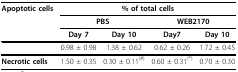
| Apoptotic cells | <COLSPAN=4> % of total cells |
 |  | <COLSPAN=2> PBS | <COLSPAN=2> WEB2170 |
 |  | Day 7 | Day 10 | Day7 | Day 10 |
 | --- | --- | --- | --- | --- |
 |  | 0.98 ± 0.98 | 1.38 ± 0.62 | 0.62 ± 0.26 | 1.72 ± 0.45 |
 | Necrotic cells | 1.50 ± 0.35 | 0.30 ± 0.11(#) | 0.60 ± 0.31(*) | 0.70 ± 0.30 |